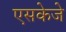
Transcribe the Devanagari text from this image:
एसकेजे